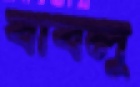
বাবলু